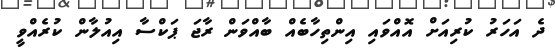
ދެ އަހަރު ކުރިއަށް އޮއްވައި އިންތިހާބެއް ބާއްވަން ރާޖަ ޕަކްސާ އިއުލާން ކުރެއްވީ